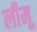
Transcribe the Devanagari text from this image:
लीमू